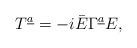
LaTeX: \begin{align*}T^{\underline a}=-i\bar E\Gamma^{\underline a}E,\end{align*}